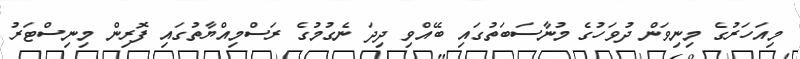
މިއަހަރުގެ މިނިވަން ދުވަހުގެ މުނާސަބަތުގައި ބޭއްވި ދިދަ ނެގުމުގެ ރަސްމިއްޔާތުގައި ފޮރިން މިނިސްޓަރު